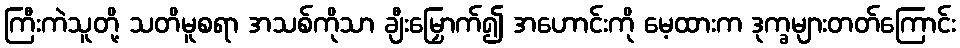
ကြီးကဲသူတို့ သတိမူစရာ အသစ်ကိုသာ ချီးမြှောက်၍ အဟောင်းကို မေ့ထားက ဒုက္ခများတတ်ကြောင်း